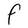
Character: F